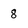
Character: 8